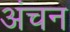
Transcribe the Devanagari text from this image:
अंचन